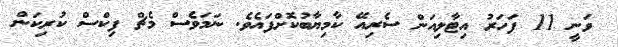
ވަނީ 11 ފަހަރު އިޓާލިއަން ސެރިއޭ ކާމިޔާބުކޮށްފައެވެ. ނަމަވެސް މެޗް ފިކްސް ކުރިކަން